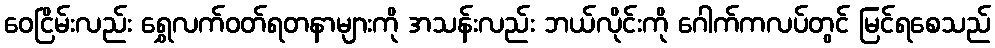
ဝေငြိမ်းလည်း ရွှေလက်ဝတ်ရတနာများကို အသန်းလည်း ဘယ်လိုင်းကို ဂေါက်ကလပ်တွင် မြင်ရစေသည်